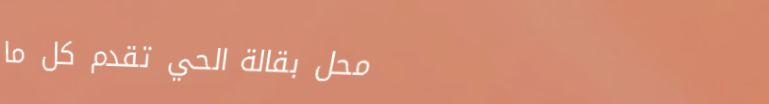
محل بقالة الحي تقدم كل ما